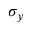
\sigma _ { y }